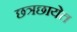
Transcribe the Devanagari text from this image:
छत्रछायेत